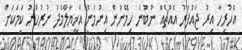
އެހުރިހާ އިރު ޖައުފަރު އެއްޗެއް ނުބުނެ ހިމޭނުން އިނުމުން އެޚީޔާލާމެދު ނުރުހުނު ކަމަކަށް